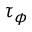
\tau _ { \phi }